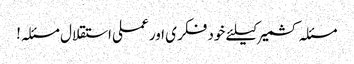
مسئلہ کشمیر کیلئے خود فکری اور عملی استقلال مسئلہ!